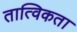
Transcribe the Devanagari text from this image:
तात्विकता